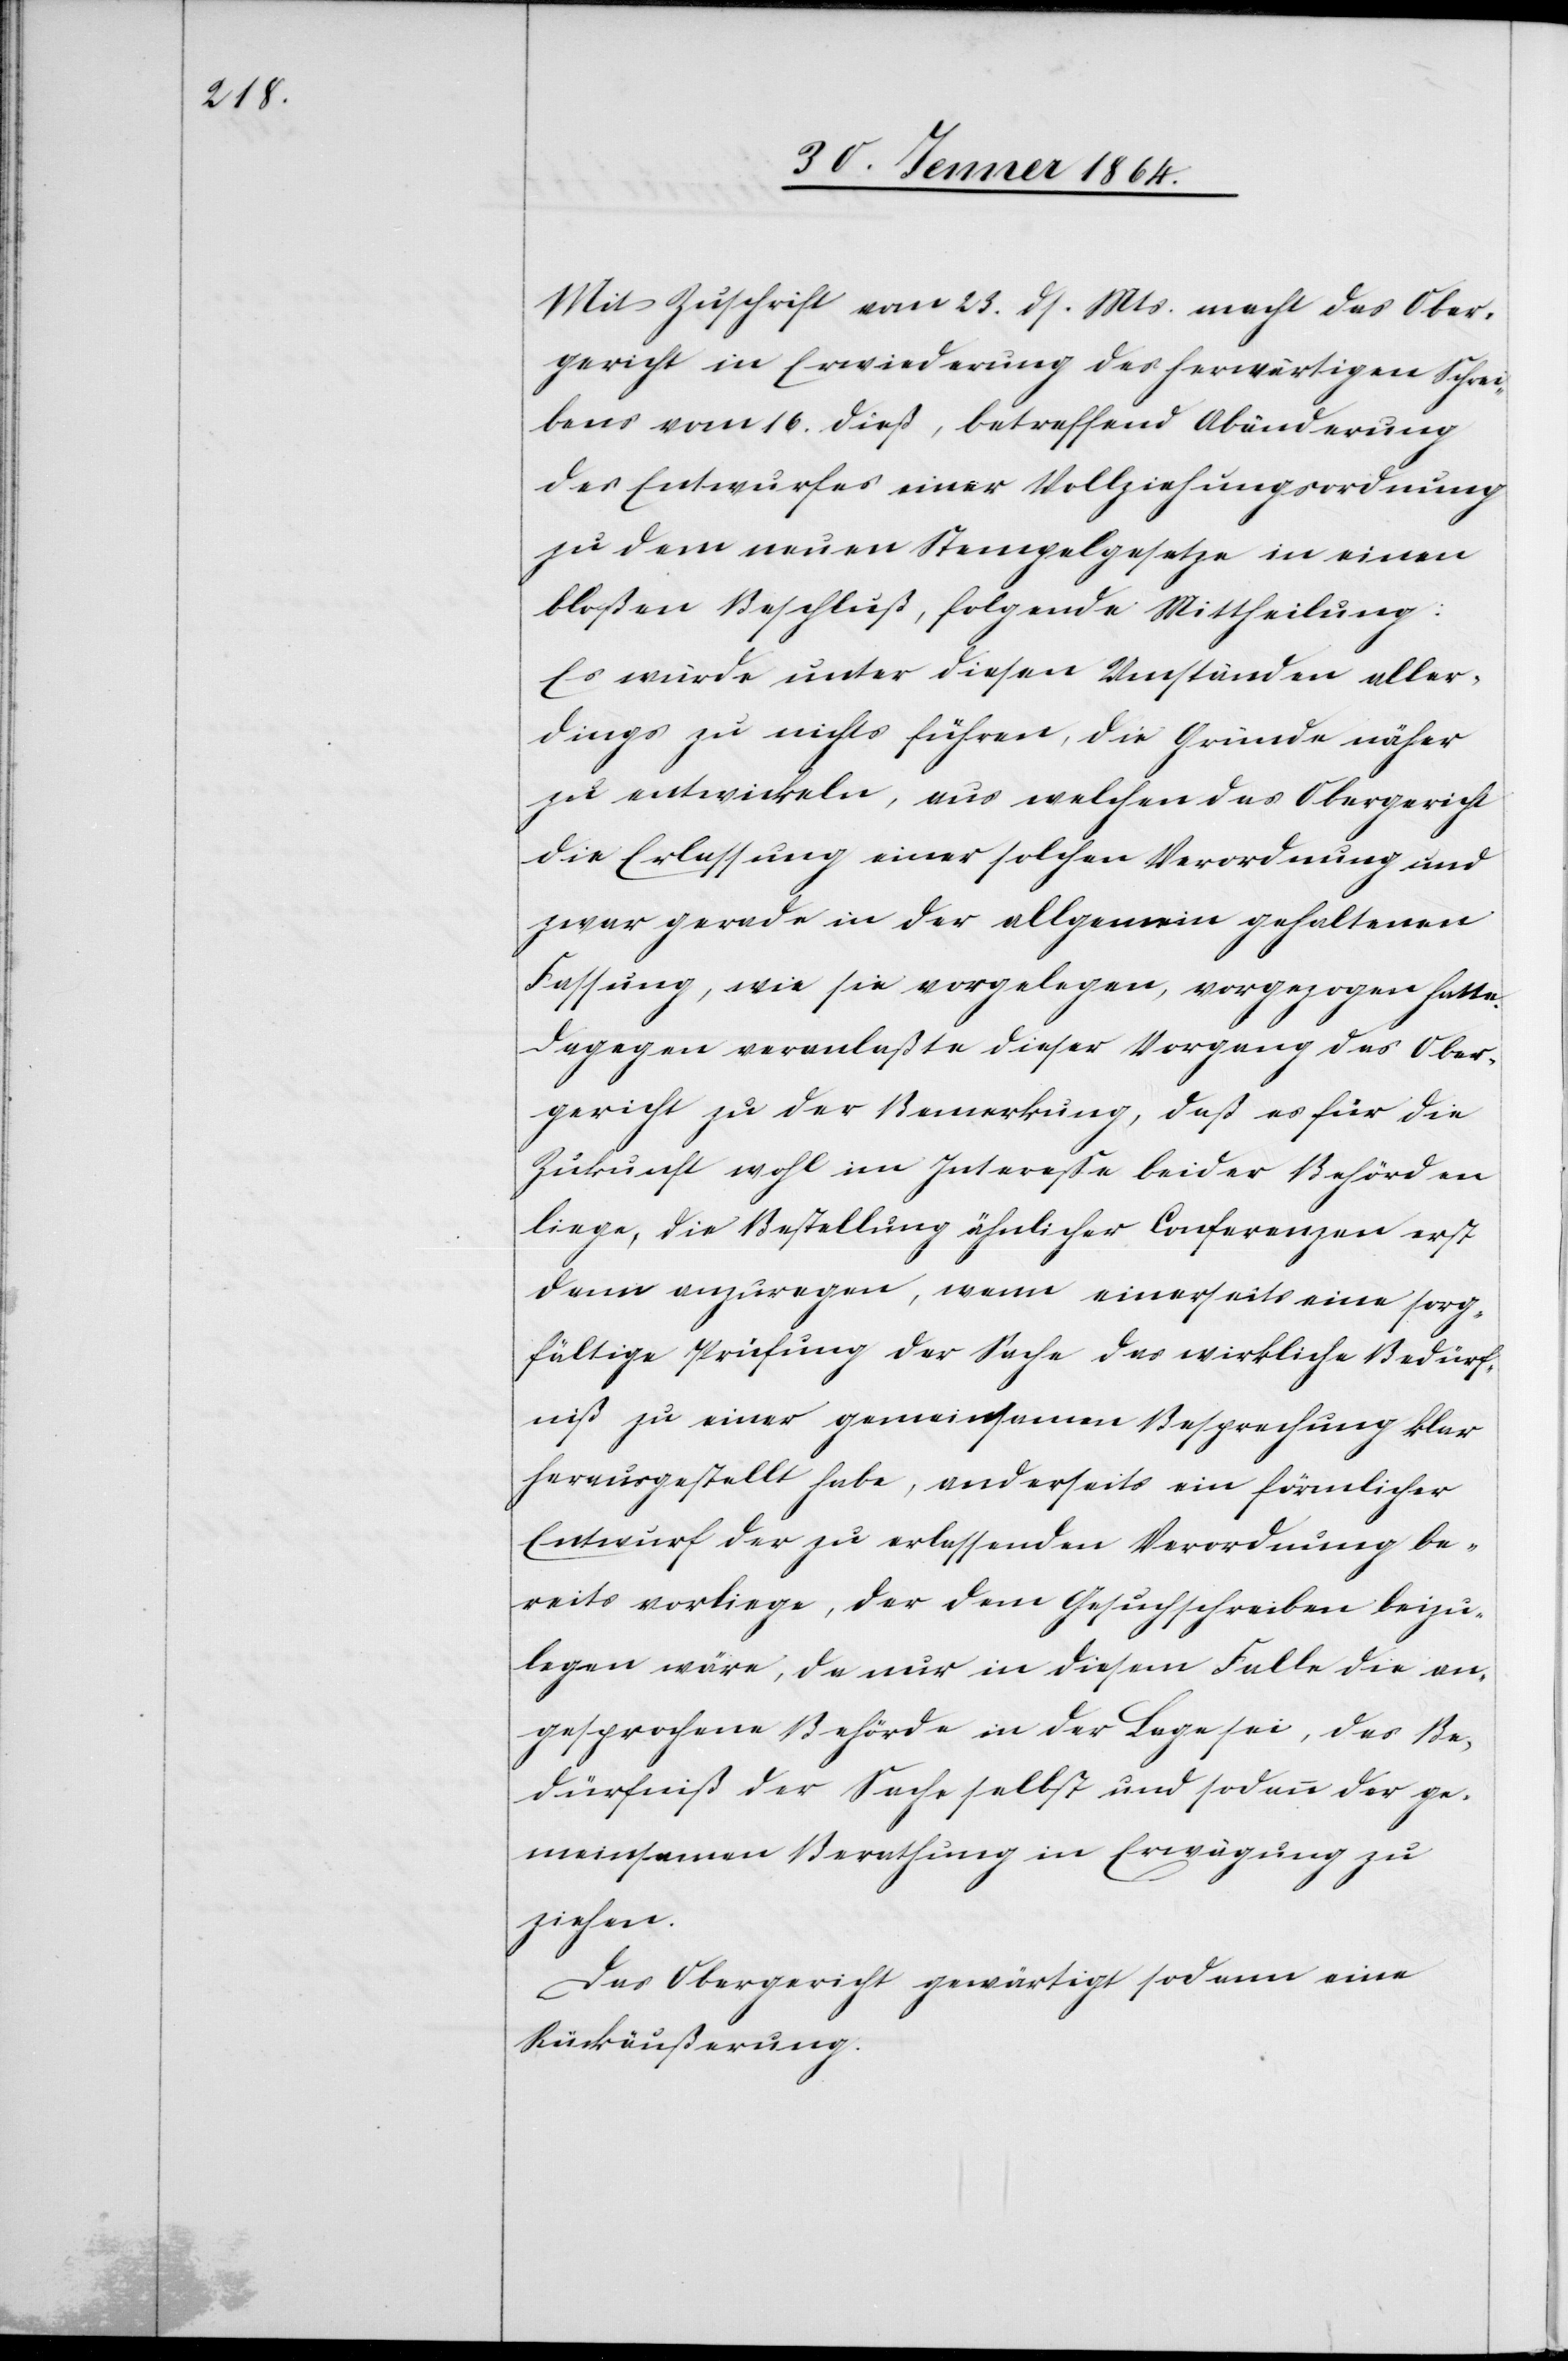
Mit Zuschrift vom 23. ds. Mts. macht das Ober¬
gericht in Erwiederung des herwärthigen Schrei¬
bens vom 16. dieß, betreffend Abänderung
des Entwurfes einer Vollziehungsordnung
zu dem neuen Stempelgesetze in einen
bloßen Beschluß, folgende Mittheilung:
Es würde unter diesen Umständen aller¬
dings zu nichts führen, die Gründe näher
zu entwickeln, aus welchen das Obergericht
die Erlassung einer solchen Verordnung und
zwar gerade in der allgemein gehaltenen
Fassung, wie sie vorgelegen, vorgezogen hatte.
Dagegen veranlaßte dieser Vorgang das Ober¬
gericht zu der Bemerkung, daß es für die
Zukunft wohl im Interesse beider Behörden
liege, die Bestellung ähnlicher Conferenzen erst
dann anzuregen, wenn einerseits eine sorg¬
fältige Prüfung der Sache das wirkliche Bedürf¬
niß zu einer gemeinsamen Besprechung klar
herausgestellt habe, anderseits ein förmlicher
Entwurf der zu erlassenden Verordnung be¬
reits vorliege, der dem Gesuchschreiben beizu¬
legen wäre, da nur in diesem Falle die an¬
gesprochene Behörde in der Lage sei, das Be¬
dürfniß der Sache selbst und sodann der ge¬
meinsamen Berathung in Erwägung zu
ziehen.
Das Obergericht gewärtige sodann eine
Rückäußerung.